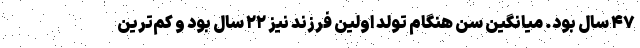
۴۷ سال بود. میانگین سن هنگام تولد اولین فرزند نیز ۲۲ سال بود و کم‌ترین